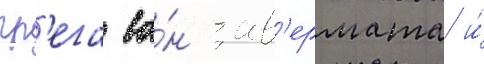
гр'ега ва́н ав'ермата и́